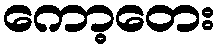
ကော့တေး